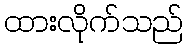
ထားလိုက်သည်